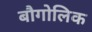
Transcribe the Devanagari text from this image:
बौगोलिक